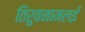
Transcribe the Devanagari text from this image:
तिरुवनामलई